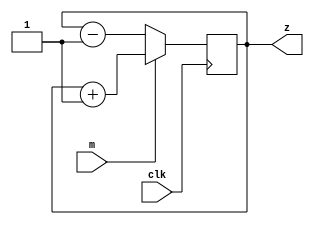
`timescale 1ns / 1ps
//////////////////////////////////////////////////////////////////////////////////
// Company:        Code-Tronix
// 
// Design Name:    Synchronous Up Down Counter Model
// Module Name:    sync 
// Project Name: 
// Target Devices: 
// Tool versions: 
// Description: 
//
// Dependencies: 
//
// Revision: 
// Revision 0.01 - File Created
// Additional Comments: 
//
//////////////////////////////////////////////////////////////////////////////////

//Synchronous Up_Down Counter Module
module sync(m,clk, z);
    input m,clk;
    output [03:0] z;
	 reg [3:0]z;
	 initial z=4'b0000;
	 always@(posedge clk)
	 begin
		if(m==1)
		z=z+1;
		else
		z=z-1;
	 end
endmodule

//Testbench Module
module tb();
	reg tm,tclk;
	wire [3:0]tz;
	sync cnt(.m(tm),.z(tz),.clk(tclk));
	initial
		begin
		tclk=0;tm=1;
		end
	always #10 tclk=~tclk;	
endmodule